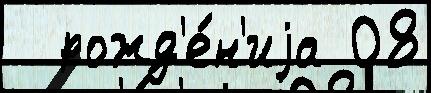
  рожд'е́н'иjа 08